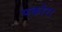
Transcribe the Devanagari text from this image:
पकोरा